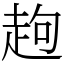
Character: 䞤